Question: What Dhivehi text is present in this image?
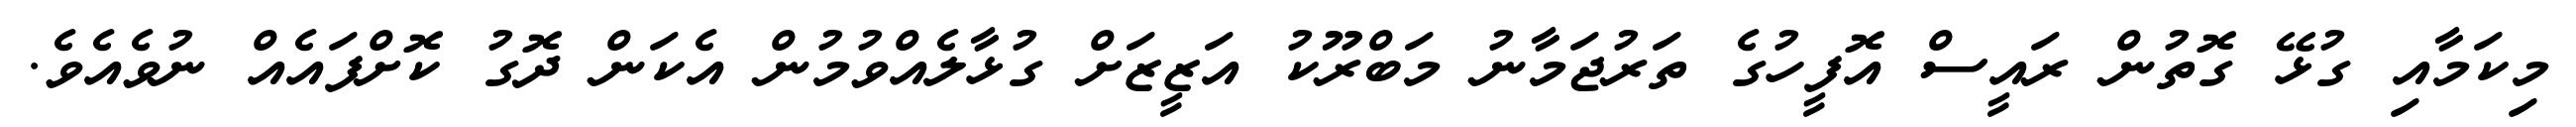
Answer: މިކަމާއި ގުޅޭ ގޮތުން ރައީސް އޮފީހުގެ ތަރުޖަމާނު މަބްރޫކު އަޒީޒަށް ގުޅާލެއްވުމުން އެކަން ދޮގު ކޮށްފައެއް ނުވެއެވެ.